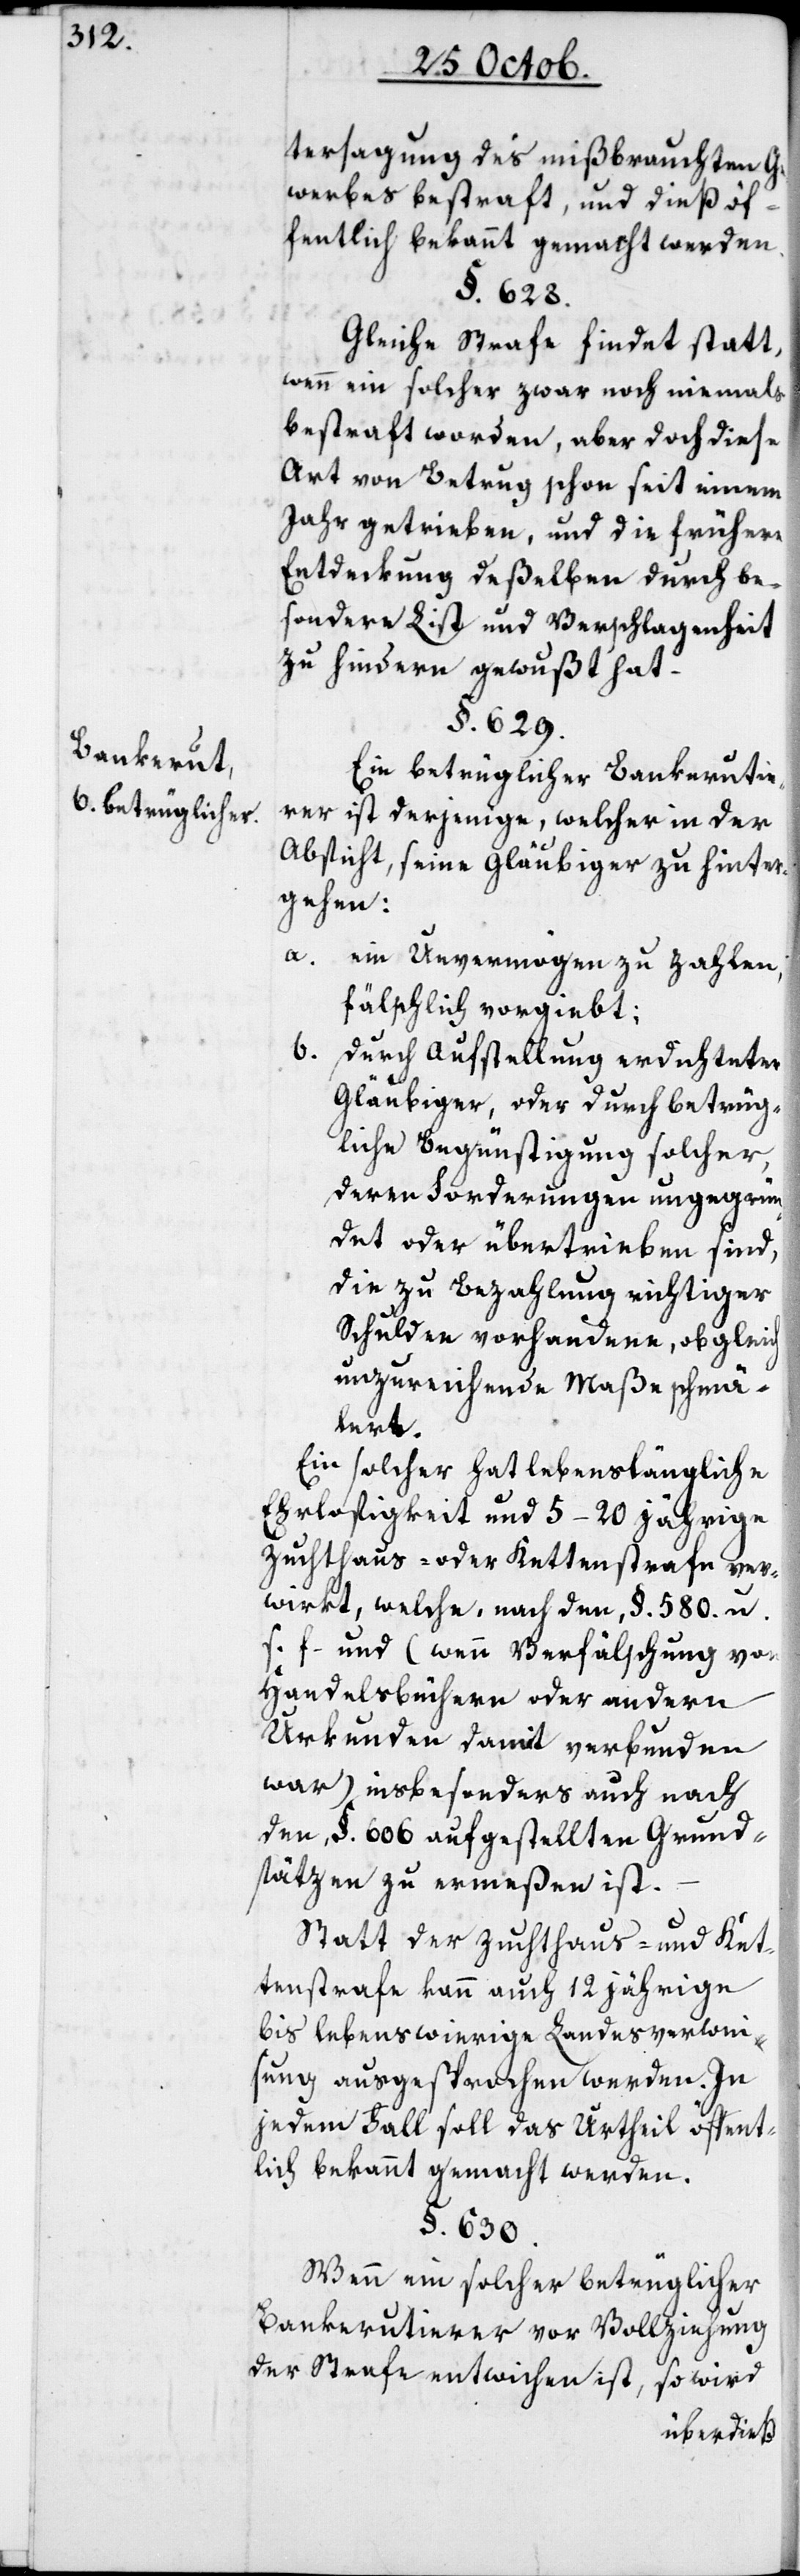
Bankerut.
betrüglicher.

tersagung des mißbrauchten Ge¬
werbes bestraft, und dieß öf¬
fentlich bekannt gemacht werden.
§. 628.
Gleiche Strafe findet statt,
wenn ein solcher zwar noch niemals
bestraft worden, aber doch diese
Art von Betrug schon seit einem
Jahr getrieben, und die frühere
Entdeckung deßelben durch be¬
sondere List und Verschlagenheit
zu hindern gewußt hat.
§. 629.
Ein betrüglicher Bankerutie¬
rer ist derjenige, welcher in der
Absicht, seine Gläubiger zu hinter¬
gehen:
a.
ein Unvermögen zu zahlen,
fälschlich vorgibt;
b. durch Aufstellung erdichteter
Gläubiger oder durch betrüg¬
liche Begünstigung solcher,
deren Sonderungen ungegrün¬
det oder übertrieben sind,
die zu Bezahlung richtiger
Schulden vorhandene, obgleich
unzureichende Maße schmä¬
lert.
Ein solcher hat lebenslängliche
Ehrlosigkeit und 5–20 jährige
Zuchthaus- oder Kettenstrafe ver¬
wirkt, welche nach den §. 580. u.
s. f. und (wenn Verfälschung von
Handelsbüchern oder andern
Urkunden damit verbunden
war) insbesonders auch nach
den, §. 606 aufgestellten Grund¬
sätzen zu ermeßen ist.
Statt der Zuchthaus- und Ket¬
tenstrafe kann auch 12 jährige
bis lebenswierige Landesverwei¬
sung ausgesprochen werden. In
jedem Fall soll das Urtheil öffent¬
lich bekannt gemacht werden.
§. 630.
Wenn ein solcher betrüglicher
Bankerutierer vor Vollziehung
der Strafe entwichen ist, so wird